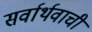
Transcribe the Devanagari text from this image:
सर्वार्थवाची